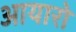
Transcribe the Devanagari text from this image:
आयारो